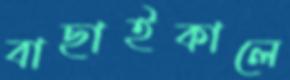
বাছাইকালে